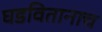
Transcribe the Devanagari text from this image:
घडवितानाच